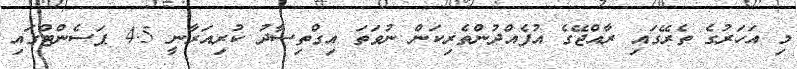
މި އަހަރުގެ ތެރޭގައި ރާއްޖޭގެ އުފެއްދުންތެރިކަން ނުވަތަ އިގްތިސާދު ކުރިއަރާނީ 4.5 ޕަސެންޓްގައި